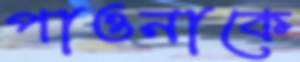
পাওনাকে